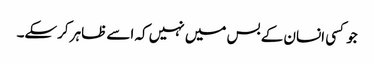
جو کسی انسان کے بس میں نہیں کہ اسے ظاہر کرسکے۔